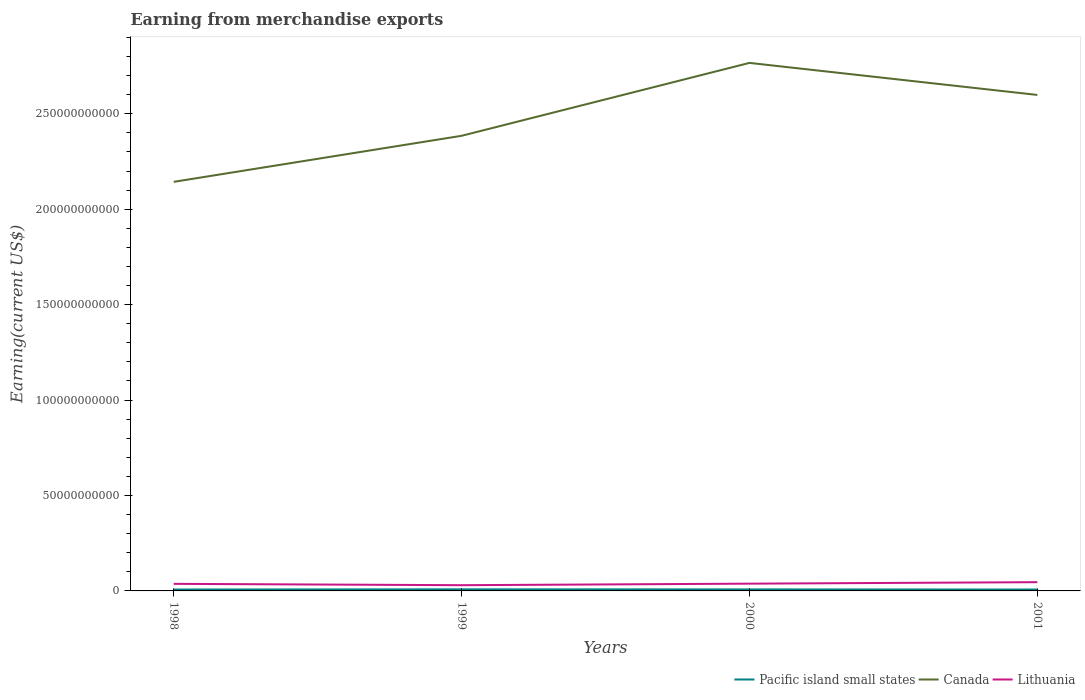
| Years | Pacific island small states | Canada | Lithuania |
 | --- | --- | --- | --- |
 | 1998 | 7.33e+08 | 2.14e+11 | 3.71e+09 |
 | 1999 | 8.36e+08 | 2.38e+11 | 3e+09 |
 | 2000 | 8e+08 | 2.77e+11 | 3.81e+09 |
 | 2001 | 7.34e+08 | 2.6e+11 | 4.58e+09 |